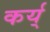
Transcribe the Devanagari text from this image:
कर्य्